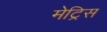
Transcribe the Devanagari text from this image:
मेट्रिस